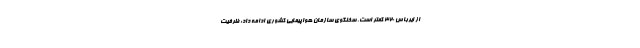
از ایرباس 320 کمتر است. سخنگوی سازمان هواپیمایی کشوری ادامه داد: ظرفیت